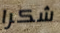
شكرا